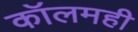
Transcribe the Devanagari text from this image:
कॉलमही